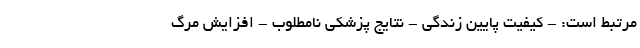
مرتبط است: - کیفیت پایین زندگی - نتایج پزشکی نامطلوب - افزایش مرگ